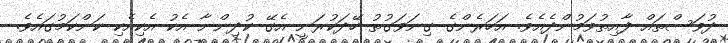
ދުވަސްތައް ފާއިތުވަމުންދެއެވެ. އަހަރެންގެ ގިނަވަގުތު ހޭދަކުރަނީ އެގޭ ކުދިންނާ އެކު އެކިއެކި ކަންކަމުގައެވެ.